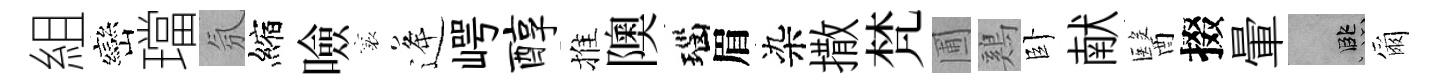
組巒璫氛縮噞襄逄崿醇推隩瑙眉染撒梵圃鷄卧献醫掇暈孟爾